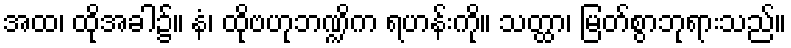
အထ၊ ထိုအခါ၌။ နံ၊ ထိုဗဟုဘဏ္ဍိက ရဟန်းကို။ သတ္ထာ၊ မြတ်စွာဘုရားသည်။